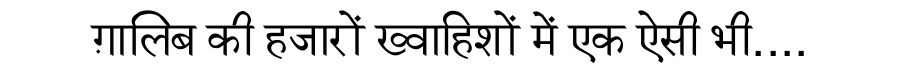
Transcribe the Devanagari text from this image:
ग़ालिब की हजारों ख्वाहिशों में एक ऐसी भी....